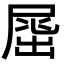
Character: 𡲶